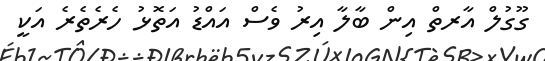
ގޫގުލް އާރތް އިން ބާލާ އިރު ވެސް އައްޑު އަތޮޅު ހެރެތެރެ އަކީ